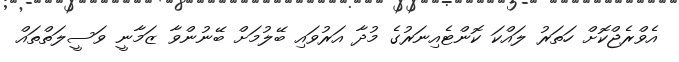
އެވްރެޖްކޮށް ހަތަރު ލައްކަ ކޮންޓެއިނަރުގެ މުދާ އަރުވައި ބޭލުމަށް ބޭނުންވާ ޒަމާނީ ވަސީލަތްތައް